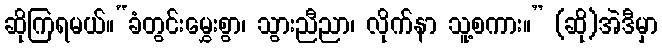
ဆိုကြရမယ်။“ခံတွင်းမွှေးစွာ၊ သွားညီညာ၊ လိုက်နာ သူ့စကား။” (ဆို)အဲဒီမှာ